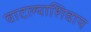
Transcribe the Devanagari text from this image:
वाटल्याशिवाय